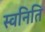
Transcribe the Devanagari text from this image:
स्वनिति